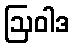
ဩဝါဒ